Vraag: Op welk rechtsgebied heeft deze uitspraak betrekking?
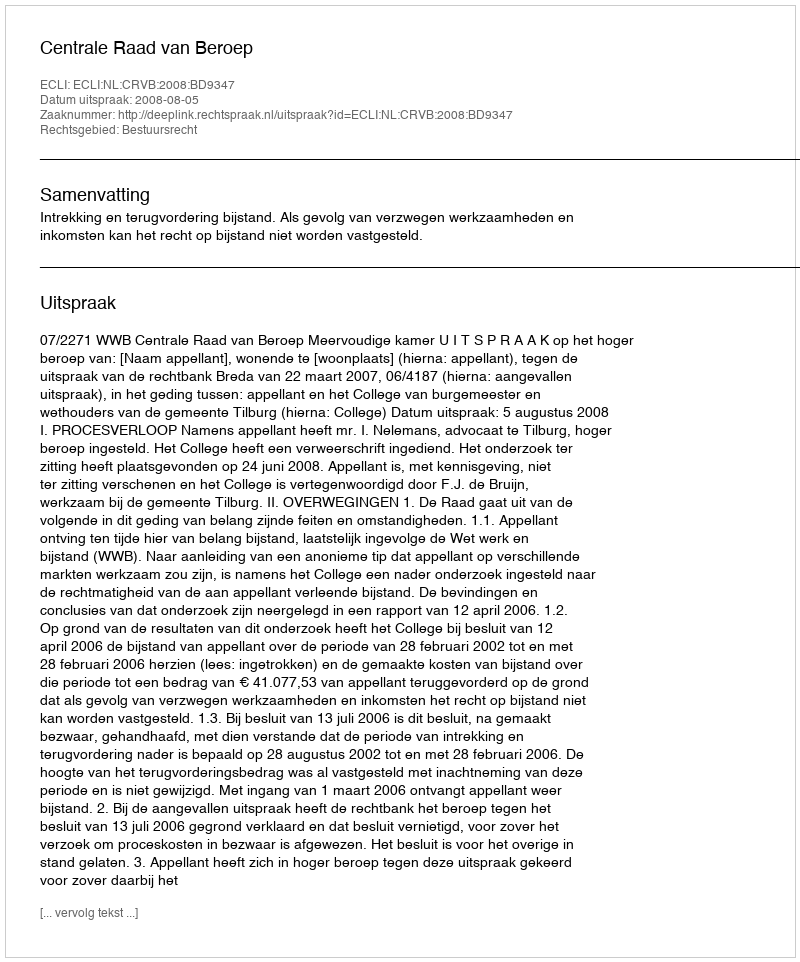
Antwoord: Bestuursrecht